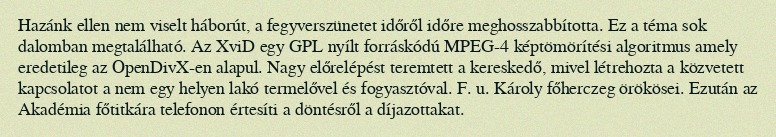
Hazánk ellen nem viselt háborút, a fegyverszünetet időről időre meghosszabbította. Ez a téma sok dalomban megtalálható. Az XviD egy GPL nyílt forráskódú MPEG-4 képtömörítési algoritmus amely eredetileg az OpenDivX-en alapul. Nagy előrelépést teremtett a kereskedő, mivel létrehozta a közvetett kapcsolatot a nem egy helyen lakó termelővel és fogyasztóval. F. u. Károly főherczeg örökösei. Ezután az Akadémia főtitkára telefonon értesíti a döntésről a díjazottakat.